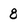
Character: 8